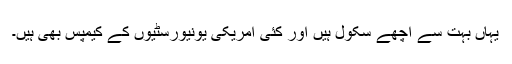
یہاں بہت سے اچھے سکول ہیں اور کئی امریکی یونیورسٹیوں کے کیمپس بھی ہیں۔